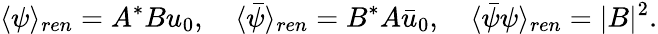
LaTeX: \langle\psi\rangle_{ren}=A^{*}Bu_{0},\quad\langle\bar{\psi}\rangle_{ren}=B^{*}A\bar{u}_{0},\quad\langle\bar{\psi}\psi\rangle_{ren}=|B|^{2}.